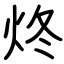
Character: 炵